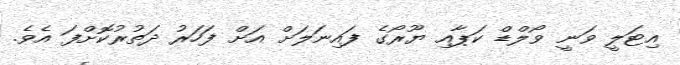
އިޓަލީ ވަނީ ވޯލްޑް ކަޕާއި ޔޫރޯގެ ފައިނަލަށް އަށް ފަހަރު ދަތުރުކޮށްފަ އެވެ.